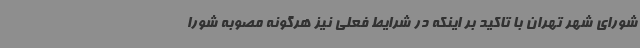
شورای شهر تهران با تاکید بر اینکه در شرایط فعلی نیز هرگونه مصوبه شورا